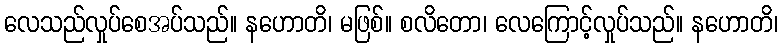
လေသည်လှုပ်စေအပ်သည်။ နဟောတိ၊ မဖြစ်။ စလိတော၊ လေကြောင့်လှုပ်သည်။ နဟောတိ၊